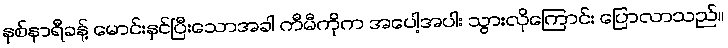
နှစ်နာရီခန့် မောင်းနှင်ပြီးသောအခါ ကီမီကိုက အပေါ့အပါး သွားလိုကြောင်း ပြောလာသည်။